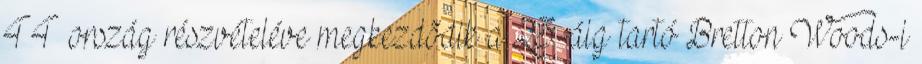
44 ország részvételéve megkezdõdik a 23-áig tartó Bretton Woods-i